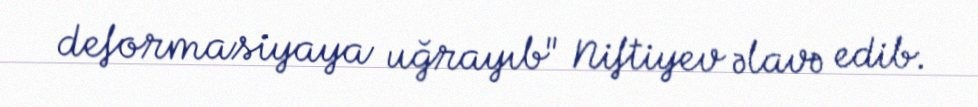
deformasiyaya uğrayıb" Niftiyev əlavə edib.